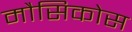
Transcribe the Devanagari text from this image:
मौसिकोस